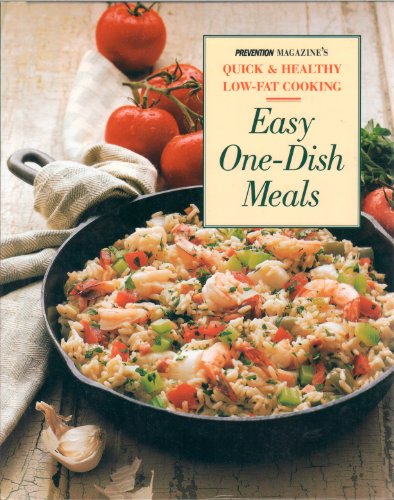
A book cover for Easy One-Dish Meals: Prevention Magazine's Quick & Healthy Low-Fat Cooking; Cookbooks, Food & Wine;